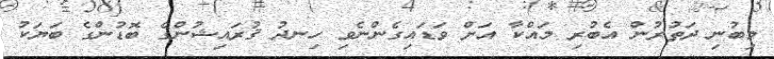
މިބުނި ދަތުރުން އެބުރި މައްކާ އަށް ވަޑައިގެންނެވި ހިނދު ޤުރައިޝުންގެ ބޮޑުންގެ ބަޔަކު